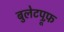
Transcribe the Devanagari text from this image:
बुलेटप्रूफ़